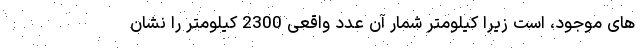
های موجود، است زیرا کیلومتر شمار آن عدد واقعی 2300 کیلومتر را نشان